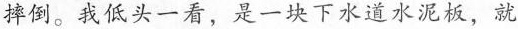
摔倒。我低头一看，是一块下水道水泥板，就